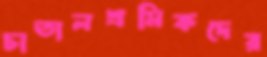
চাতালশ্রমিকদের